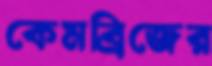
কেমব্রিজের